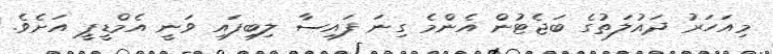
މިއަހަރު ދައުލަތުގެ ބަޖެޓުން އެންމެ ގިނަ ފައިސާ ލިބިފައި ވަނީ އެމްޑީޕީ އަށެވެ.